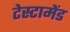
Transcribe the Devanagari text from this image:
टेस्टामेंड